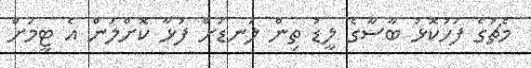
މެޗުގެ ފަހުކޮޅު ބާސާގެ ލީޑު ތިން ލަނޑަށް ފުޅާ ކޮށްލަން އެ ޓީމަށް